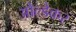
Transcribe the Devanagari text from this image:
ओल्डेकर